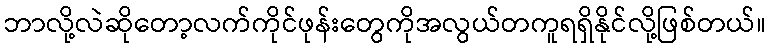
ဘာလို့လဲဆိုတော့လက်ကိုင်ဖုန်းတွေကိုအလွယ်တကူရရှိနိုင်လို့ဖြစ်တယ်။